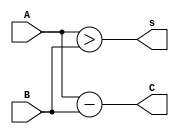
module Arithmatic_Bloc(A,B,s,C);
parameter N = 8;
input[N-1:0] A,B;
output reg[N-1:0] C;
output reg s;
always @(*) begin
    s<=(A>B);
    C<=A-B;
end
endmodule
module Divider_Reg(A,B,A_temp,clk,ld,ld_u,in_bit,idle);
parameter N = 8;
input[N-1:0] A,A_temp;
output [N-1:0] B;
input clk,ld,ld_u,in_bit,idle;
reg[2*N-1:0] Q;
always @(posedge clk && ~idle) begin
    if(ld)begin
      Q={8'b0,A};
      Q={Q[N-2:0],in_bit};
    end
    else begin
    if(ld_u)begin
      Q={A_temp,Q[7:0]};
      Q={Q[N-2:0],in_bit};
      end
      else begin
        Q={Q[N-2:0],in_bit};
      end
    end
end
assign B=Q;
endmodule
module Counter(Q,clear,clk);
parameter N = 8;
input clk,clear;
output [N-1:0] Q;
reg [N-1:0] count;
always @(posedge clk) begin
    if(clear)count<=0;
    else count<=count+1;
end
assign Q=count;
endmodule
module Mux(A,B,in,out);
parameter N = 8;
input[N-1:0] A,B;
output [N-1:0] out;
input in;
assign out=in?A:B;
endmodule
module Controller(clk,idle,count,clear,ld,ready);
parameter N = 8;
input[N-1:0] count;
input ready,clk;
output reg idle,clear,ld;
parameter S0 =1'b0,S1=1'b1;
reg state;
always @(ready) begin
    state<=S0;
end
always @(posedge clk) begin
    case(state)
    S0:state<=ready?S1:S0;
    S1:state<=count<8?S1:S0;
    endcase
end
always @(state) begin
    case(state)
    S0:begin idle<=1;clear<=1;ld<=1;end
    S1:begin idle<=0;clear<=0;ld<=0;end
    endcase
end
endmodule
module Divider_Cir(clk,ready,Divisor,Dividend,Quotient,Reminder);
parameter N = 8;
input [N-1:0] Divisor,Dividend;
input clk,ready;
output[N-1:0] Quotient,Reminder;
wire idle,clear,ld,in_bit;
wire[N-1:0] count,AB_out;
wire[2*N-1:0] Reg_out;
Controller C1(clk,idle,count,clear,ld,ready);
Counter Co1(count,clear,clk);
Divider_Reg R1(Dividend,Reg_out[2*N-1:N],AB_out,clk,ld,in_bit,in_bit,idle);
Arithmatic_Bloc A1(Reg_out[2*N-1:N],Divisor,in_bit,AB_out);
endmodule